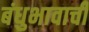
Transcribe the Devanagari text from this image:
बंधुभावाची